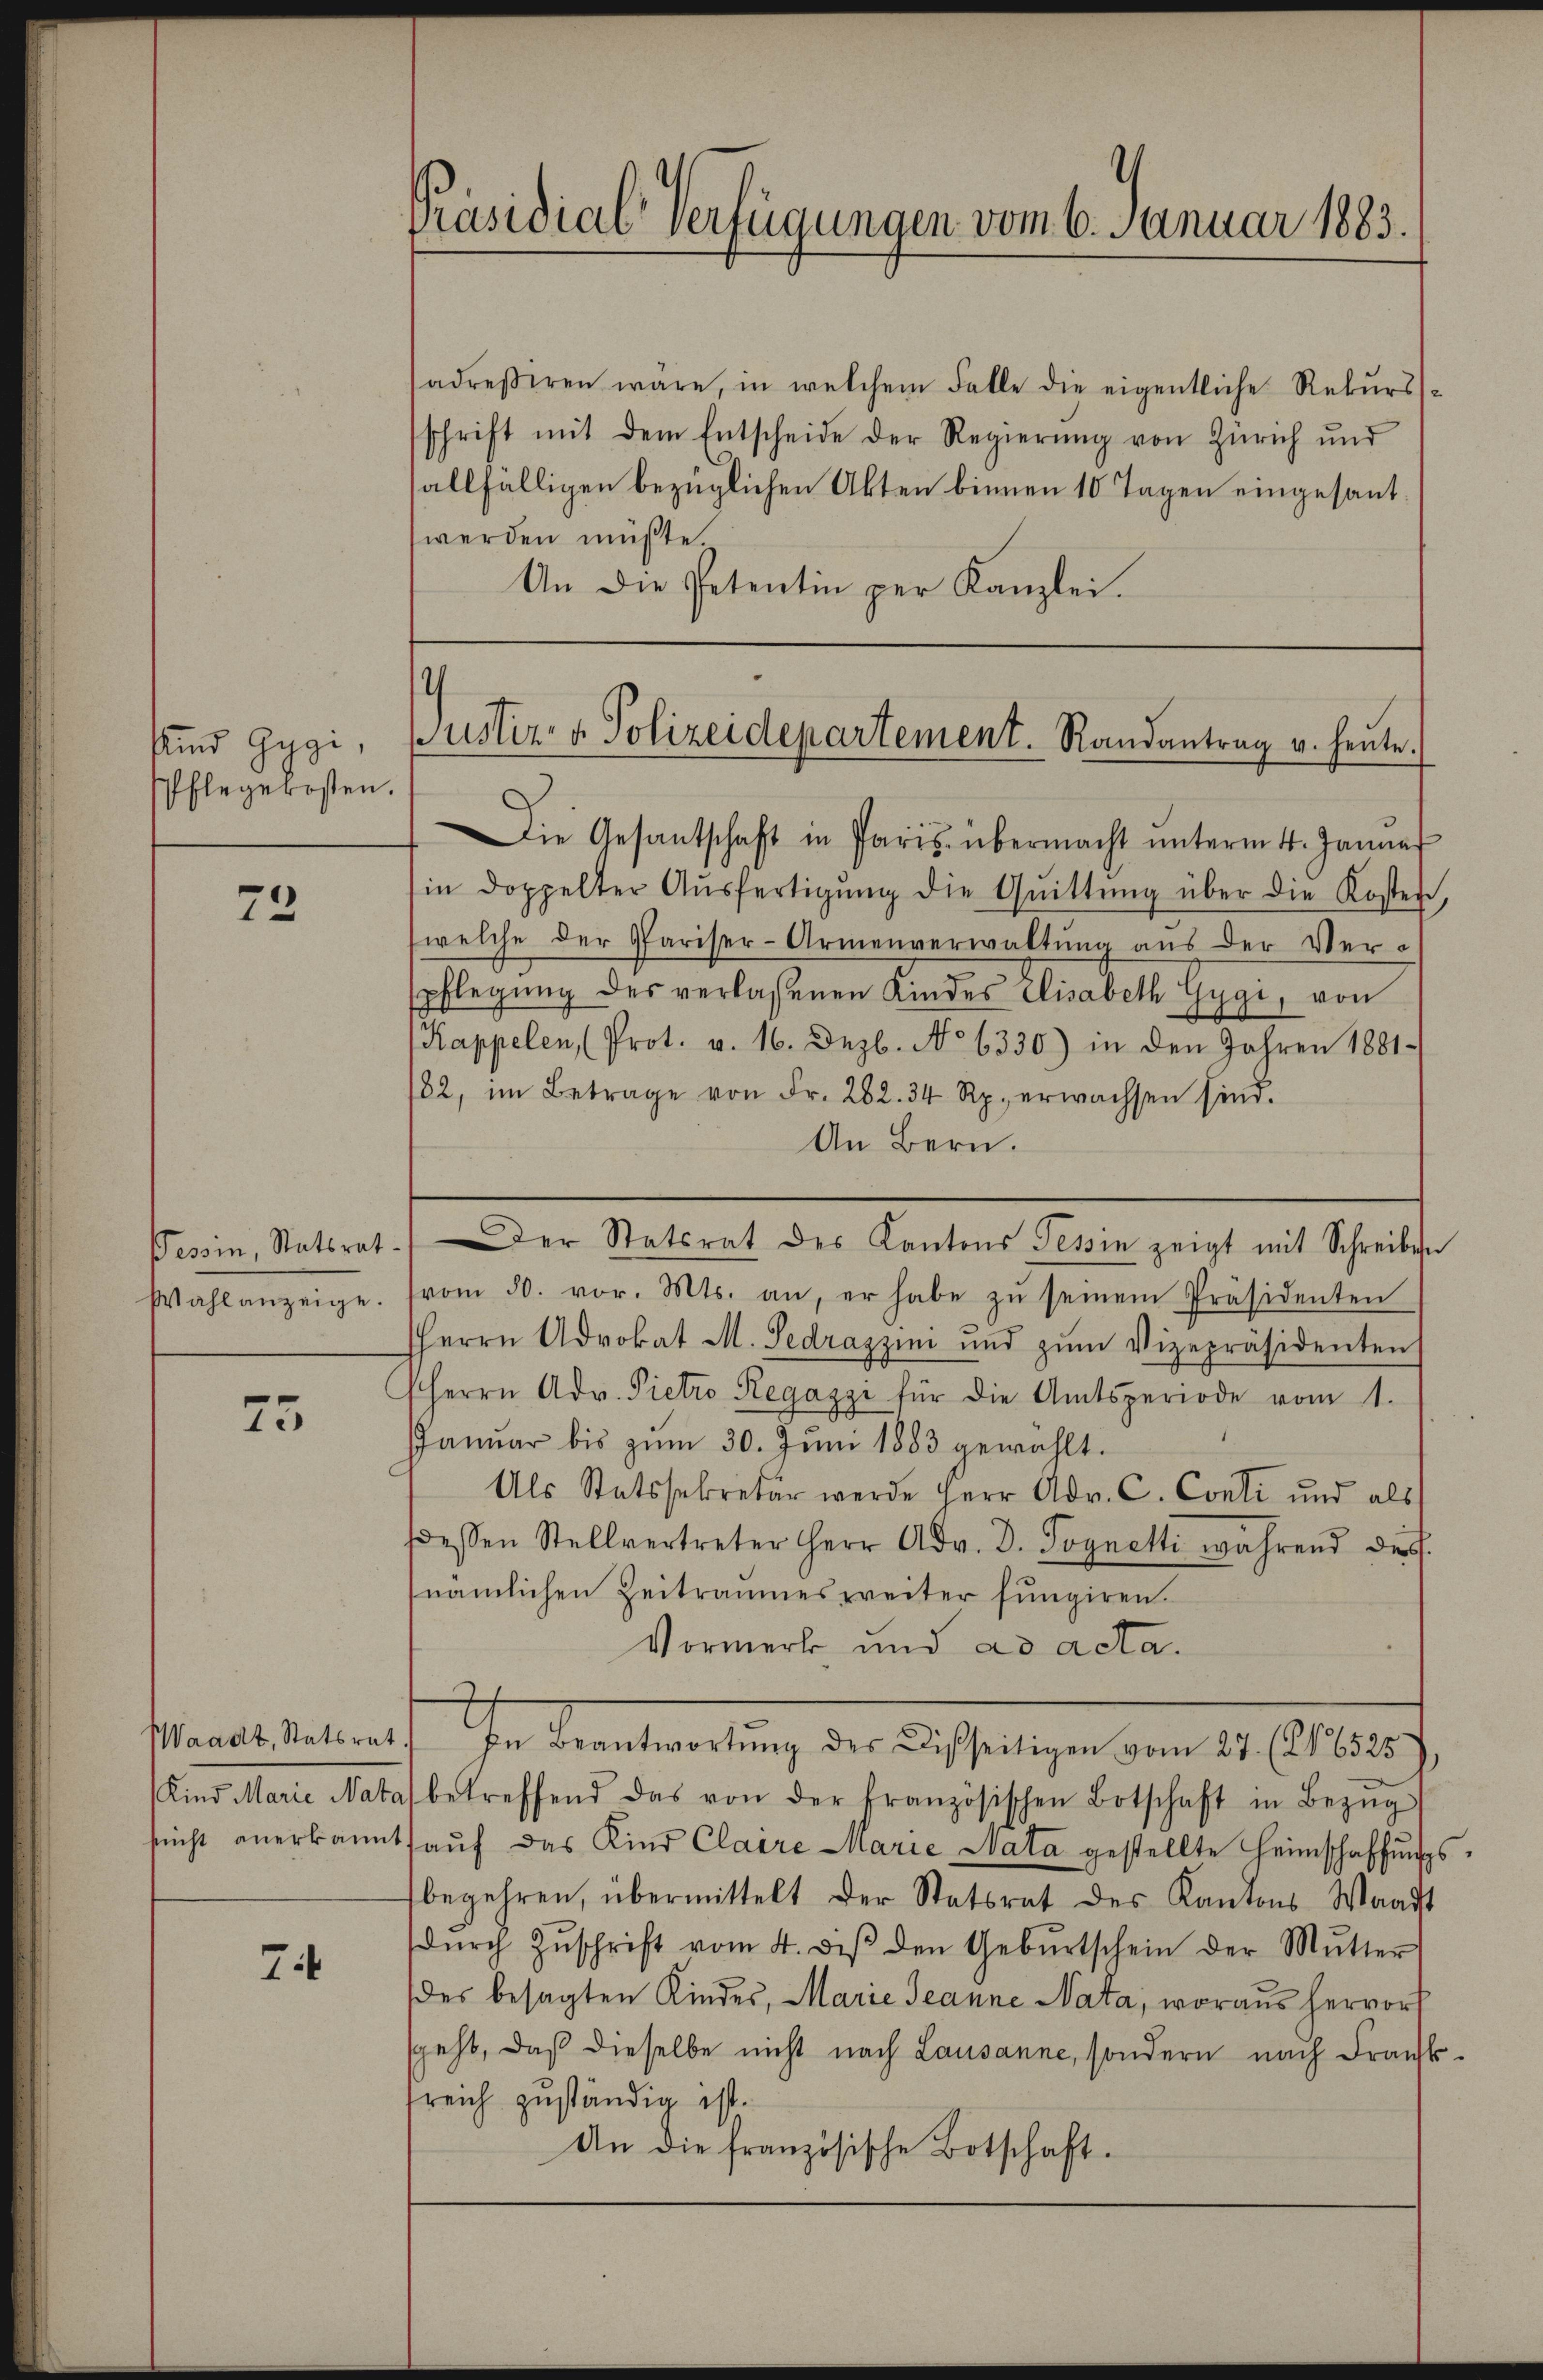
sund Gygi,
spflegekosten.

73

Tessin, Statsrat
Wahlanzeige.

25

Waadt, Statsrat
Kind Marie Nata
sucht anerkannt

7

Präsidial-Verfügungen vom 6. Januar 1883.

sadressiren wäre, in welchem Falle die eigentliche Rekursschrift mit dem Entscheide der Regierŭng von Zürich und
allfälligen bezüglichen Akten binnen 10 Tagen eingesant
werden müßte.
An die Petentin per Kanzlei.

Justiz- & Polizeidepartement. Randantrag u. heute.

Die Gesantschaft in Paris übermacht ŭnterm 4. Januar
in doppelter Aŭsfertigŭng die Quittŭng über die Kosten,
(welche der Pariser-Armenverwaltung aus der Verspflegung des verlassenen Kinder Elisabeth Gygi, von
Kappelen (Prot. v. 16. Dezb. No 6330) in den Jahren 1881
82, im Betrage von Fr. 262. 34 Rp. erwachsen sind.
An Bern.
vom 30. vor. Mts. an, er habe zŭ seinem Präsidenten
HHerrn Advokat M. Sedraszin und zŭm Vizepräsidenten
(Herrn Adv. Pietro Regazzi für die Amtsperiode vom 1.
Januar bis zŭm 30. Jŭni 1883 gewählt.
Als Statssekretär werde Herr Adv. C. Conti und als
dessen Stellvertreter Herr Adv. D. Pognetti während des
nämlichen Zeitraumes weiter fungiren.
Vormerk und ad acta.
Ihr entretung der Bescheinigen vom 14. Altern
betreffend das von der französischen Botschaft in Bezŭg
auf das Kind Claire Marie Nata gestellte Heimschaffungsbegehren, übermittelt der Statsrat des Kantons Waadt
dŭrch Zŭschrift vom 4. des den Gebŭrtschein der Mŭtter
des besagten Kinder, Marie Jeanne Nata, woraus hervor
sgeht, daß dieselbe nicht nach Lausanne, sondern nach Frankreich zuständig ist.
An die französische Botschaft.

Der Statsrat des Kantons Tessin zeigt mit Schreiben